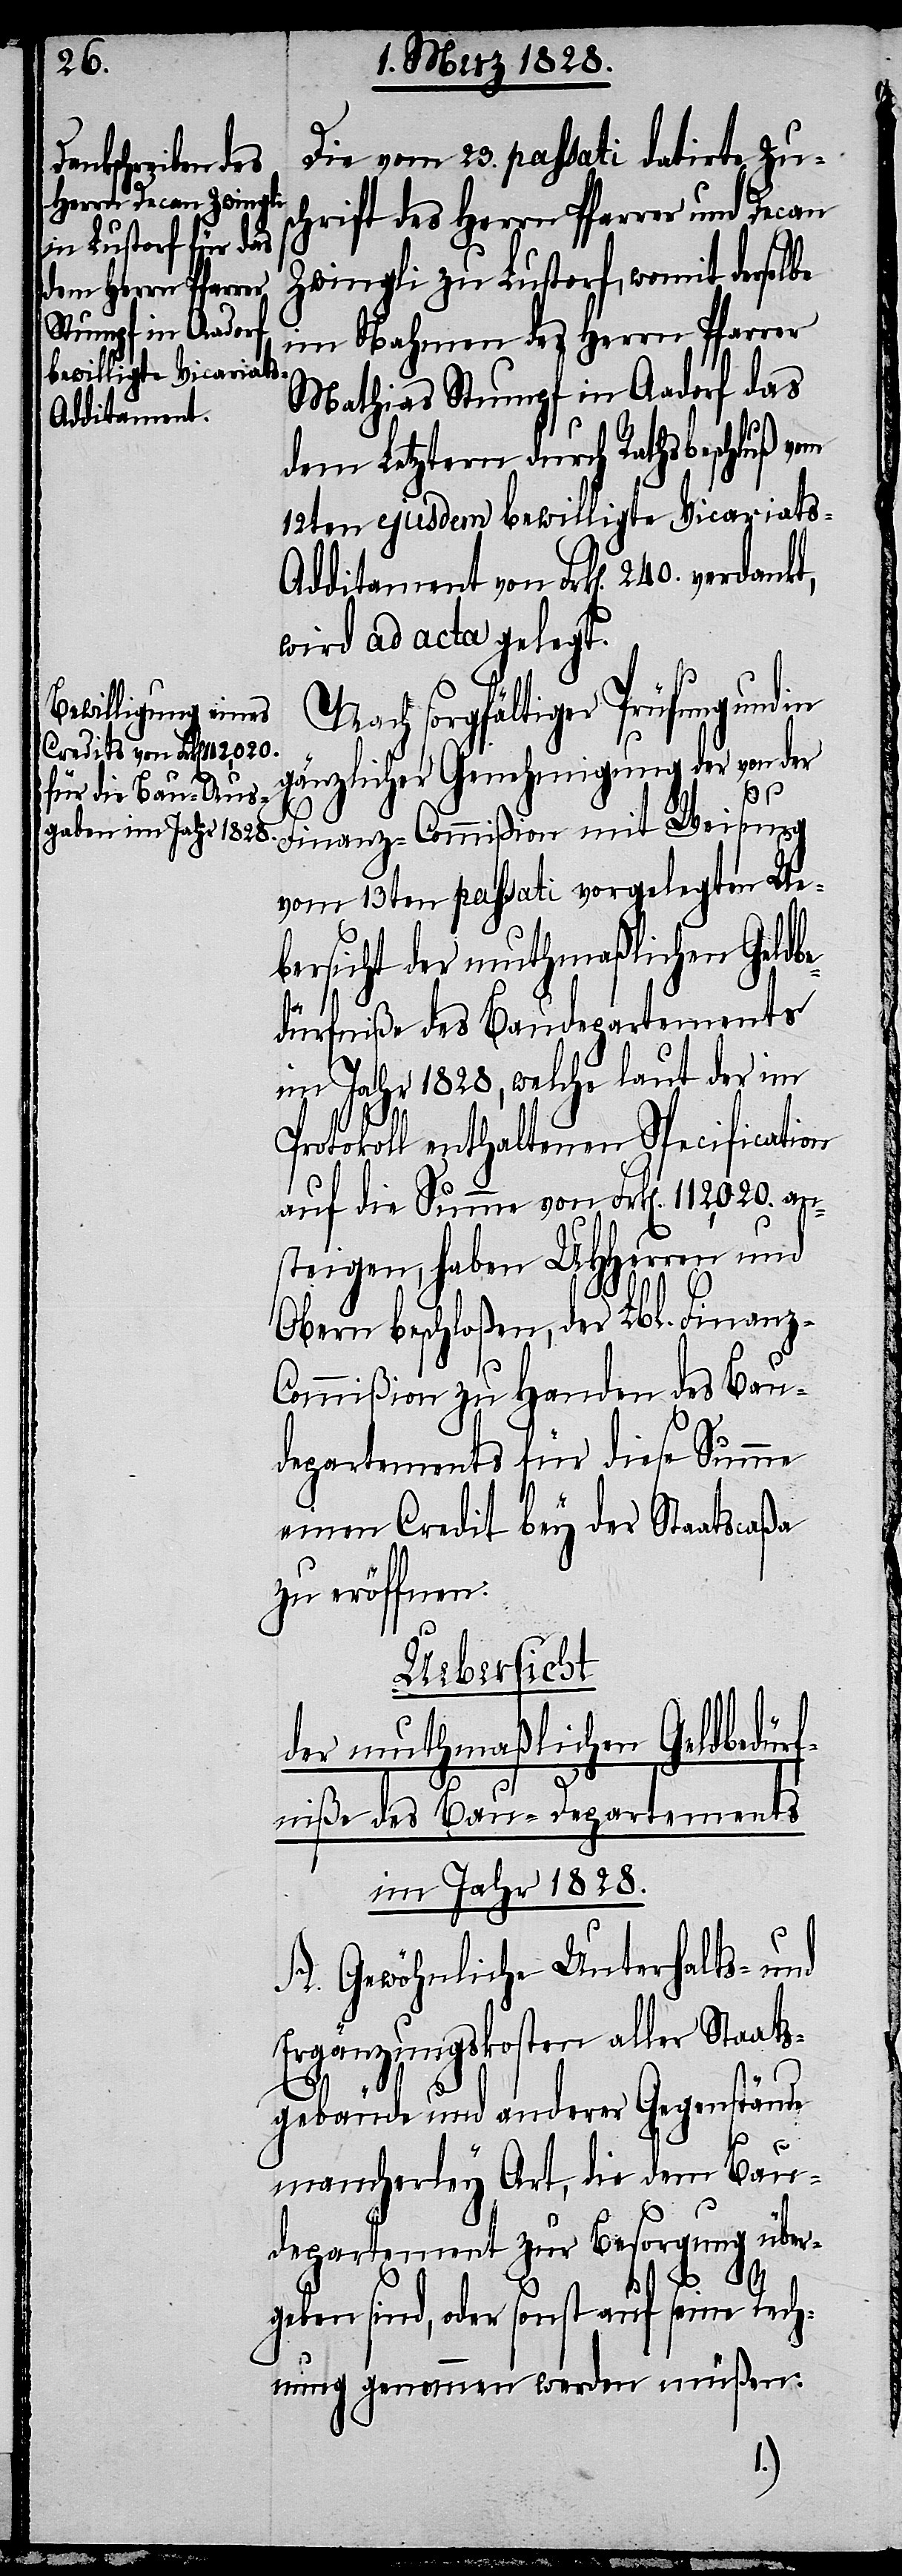
Die vom 23. passati datirte Zu¬
schrift des Herrn Pfarrer und Decan
Zwingli zu Lustorf, womit derselbe
im Nahmen des Herrn Pfarrer
Mathias Stumpf in Aadorf das
dem Letztern durch Rathsbeschluß vom
12ten eujusdem bewilligte Vicariats-A¬
dditament von Frk[en]. 240. verdankt,
wird ad acta gelegt.
Nach sorgfältiger Prüfung und
gänzlicher Genehmigung der von der
Finanz-Commißion mit Weisung
vom 13ten passati vorgelegten Ue¬
dürfniße des Baudepartements
im Jahr 1828, welche laut der im
Protokoll enthaltenen Specification
auf die Summe von Frk[en]. 112,020. an¬
steigen, haben UHHerren und
Obern beschloßen, der Lbl. Finanz-C¬
ommißion zu Handen des Bau¬
departements für diese Summe
einen Credit bey der Staatscaßa
zu eröffnen.
Uebersicht
der muthmaßlichen Geldbedürf¬
niße des Bau-Departements
im Jahr 1828.
A. Gewöhnliche Unterhalts- und
Ergänzungskosten aller Staats¬
gebäude und anderer Gegenstände
mancherley Art, die dem Bau¬
departement zur Besorgung über¬
geben sind, oder sonst auf seine Rech¬
nung genommen werden müßen: